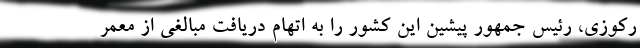
رکوزی، رئیس جمهور پیشین این کشور را به اتهام دریافت مبالغی از معمر